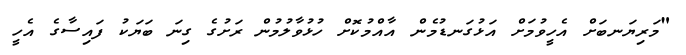
"މަރިޔަނބަށް އެހީވުމަށް އަޅުގަނޑުމެން އާއްމުކޮށް ހުޅުވާލުމުން ރަށުގެ ގިނަ ބަޔަކު ފައިސާގެ އެހީ